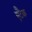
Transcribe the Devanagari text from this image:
एटैक